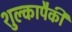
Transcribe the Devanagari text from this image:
शुल्कापैकी